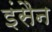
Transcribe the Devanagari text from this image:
इंसैन